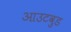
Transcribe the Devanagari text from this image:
आउटवुड